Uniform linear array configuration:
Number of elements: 8
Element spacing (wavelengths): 1
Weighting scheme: blackman
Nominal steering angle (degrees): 60
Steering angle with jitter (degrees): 59.921
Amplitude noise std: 0.05
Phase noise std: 0.05

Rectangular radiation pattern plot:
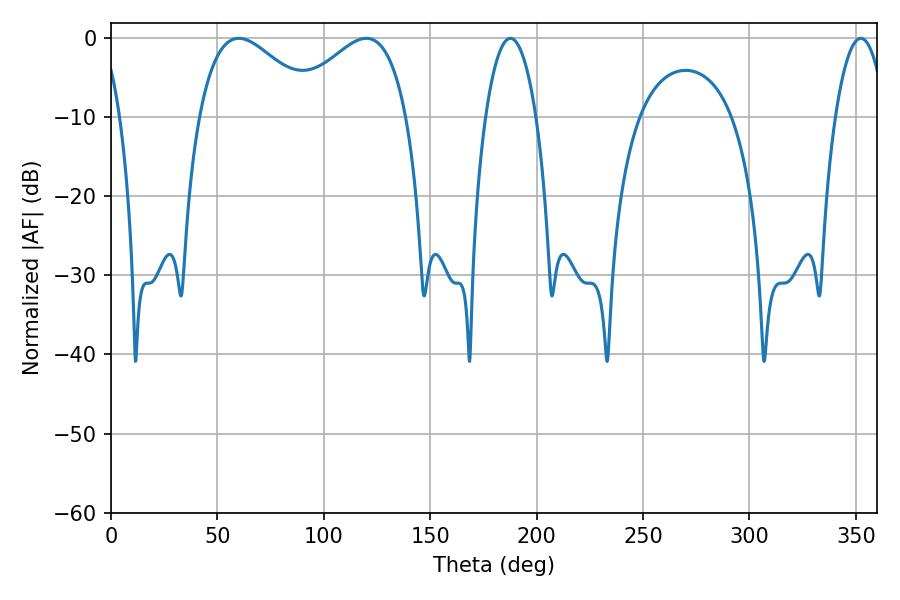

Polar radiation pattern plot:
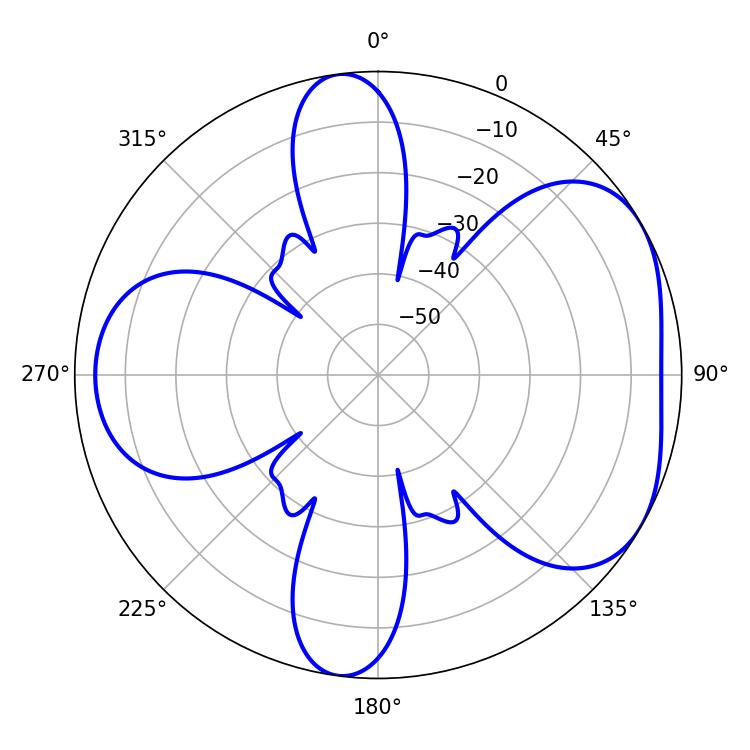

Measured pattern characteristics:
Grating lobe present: TRUE
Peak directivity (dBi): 4.735
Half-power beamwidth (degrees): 30.24
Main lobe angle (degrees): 60.12